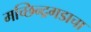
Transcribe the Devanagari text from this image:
मच्छिन्द्रगडाचा